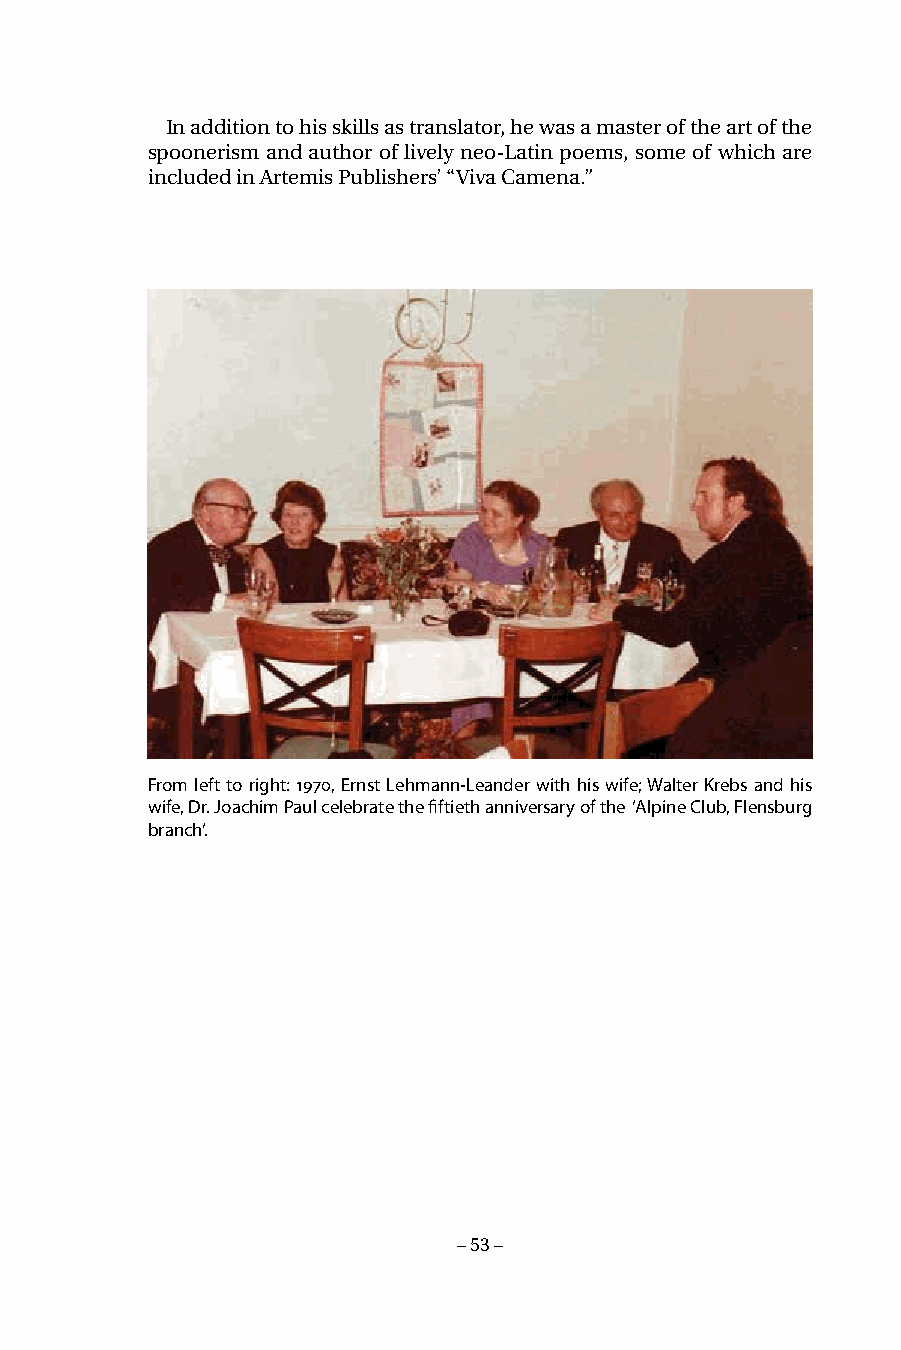
In addition to his skills as translator, he was a master of the art of the
 spoonerism and author of lively neo-Latin poems, some of which are
 included in Artemis Publishers’ “Viva Camena.”
 From left to right: 1970, Ernst Lehmann-Leander with his wife; Walter Krebs and his
 wife, Dr. Joachim Paul celebrate the fiftieth anniversary of the ‘Alpine Club, Flensburg
 branch‘.
 – 53 –